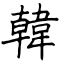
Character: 韓